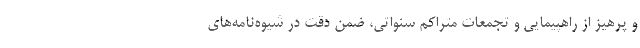
و پرهیز از راهپیمایی و تجمعات متراکم سنواتی، ضمن دقت در شیوه‌نامه‌های